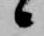
候